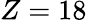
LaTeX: Z=18